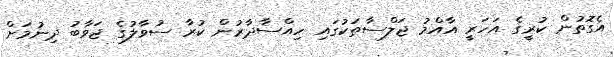
އެގޮތުން ކުރީގެ އަހަރީ އާއްމު ޖަލްސާތަކުގައި ހިއްސާދާރުން ކުރާ ސުވާލުގެ ޖަވާބު ދިނުމަށް